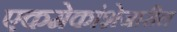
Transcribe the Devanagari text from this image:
एकमेकांशेजारील